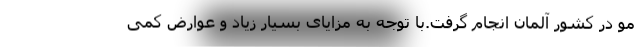
مو در کشور آلمان انجام گرفت.با توجه به مزایای بسیار زیاد و عوارض کمی